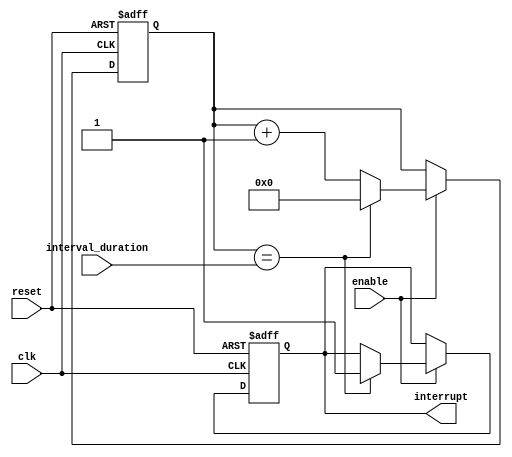
module Interval_Timer(
    input wire clk,
    input wire reset,
    input wire enable,
    input wire [31:0] interval_duration,
    output reg interrupt
);

reg [31:0] counter;

always @(posedge clk or posedge reset) begin
    if (reset) begin
        counter <= 32'b0;
        interrupt <= 1'b0;
    end
    else if(enable) begin
        counter <= counter + 1;
        if(counter == interval_duration) begin
            interrupt <= 1'b1;
            counter <= 32'b0;
        end
    end
end

endmodule